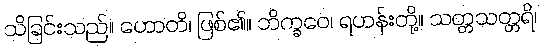
သိခြင်းသည်။ ဟောတိ၊ ဖြစ်၏။ ဘိက္ခဝေ၊ ရဟန်းတို့။ သတ္တသတ္တရိ၊